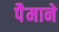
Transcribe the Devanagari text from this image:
पैेमाने